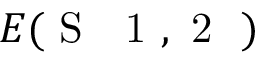
E ( \mathrm { ~ S ~ \textsubscript ~ { ~ 1 ~ , ~ 2 ~ } ~ } )